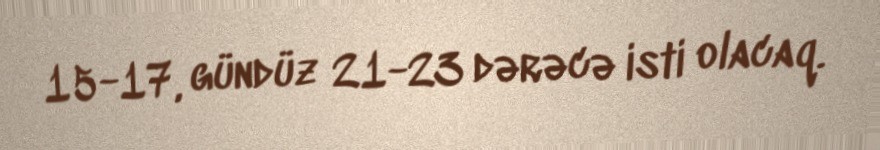
15-17, gündüz 21-23 dərəcə isti olacaq.